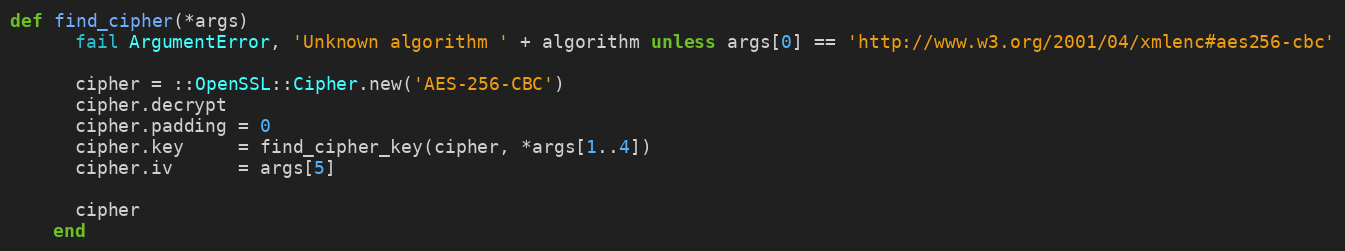
Language: Ruby
def find_cipher(*args)
      fail ArgumentError, 'Unknown algorithm ' + algorithm unless args[0] == 'http://www.w3.org/2001/04/xmlenc#aes256-cbc'

      cipher = ::OpenSSL::Cipher.new('AES-256-CBC')
      cipher.decrypt
      cipher.padding = 0
      cipher.key     = find_cipher_key(cipher, *args[1..4])
      cipher.iv      = args[5]

      cipher
    end